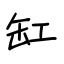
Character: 缸